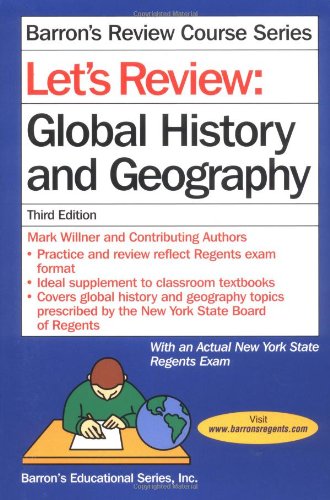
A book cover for Let's Review: Global History and Geography (Let's Review Series); Mark Willner; Test Preparation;